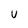
Character: U